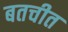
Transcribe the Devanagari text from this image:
बतचीत